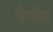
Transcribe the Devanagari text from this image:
पैन्चोस